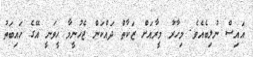
އައިސް ނުލިބެއެވެ. މިހާރު މީރާއަށް ޒަކާތް ދައްކަން ޖެހުނީމާ ހީވަނީ އޭގެ ހައިބަތު